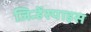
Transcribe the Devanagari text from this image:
जिन्हेंस्पाइस